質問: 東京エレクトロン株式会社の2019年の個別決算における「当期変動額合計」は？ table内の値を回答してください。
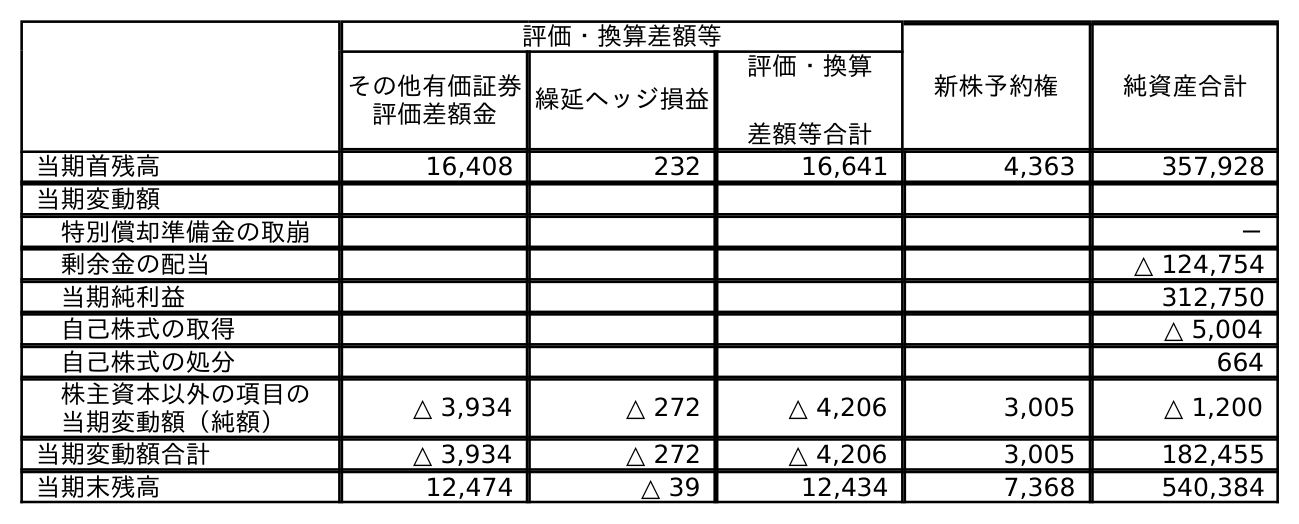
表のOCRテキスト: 評価・換算差額等 新株予約権 純資産合計 その他有価証券 評価差額金 繰延ヘッジ損益 評価・換算 差額等合計 当期首残高 16,408 232 16,641 4,363 357,928 当期変動額 特別償却準備金の取崩 － 剰余金の配当 △ 124,754 当期純利益 312,750 自己株式の取得 △ 5,004 自己株式の処分 664 株主資本以外の項目の 当期変動額（純額） △ 3,934 △ 272 △ 4,206 3,005 △ 1,200 当期変動額合計 △ 3,934 △ 272 △ 4,206 3,005 182,455 当期末残高 12,474 △ 39 12,434 7,368 540,384
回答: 182,455